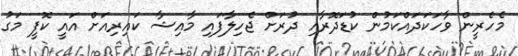
މެހެރީން ވާހަކަދައްކަމުން ކުޑަދޮރާއި ދުރަށް ޖެހިލާފައި މާއިޝާ ކައިރިއަށް އައީ ކޮފީ މަގު